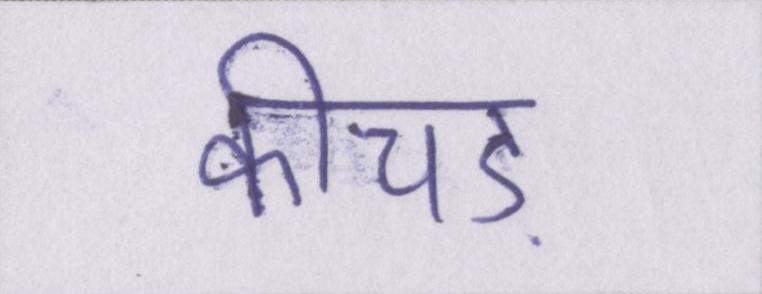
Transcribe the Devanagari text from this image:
कीचड़